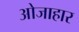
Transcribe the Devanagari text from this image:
ओजाहार